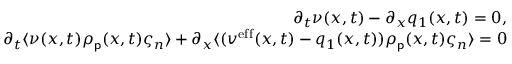
\begin{array} { r l r } & { } & { \partial _ { t } \nu ( x , t ) - \partial _ { x } q _ { 1 } ( x , t ) = 0 , } \\ & { } & { \partial _ { t } \langle \nu ( x , t ) \rho _ { \mathsf { p } } ( x , t ) \varsigma _ { n } \rangle + \partial _ { x } \langle ( v ^ { \mathrm { e f f } } ( x , t ) - q _ { 1 } ( x , t ) ) \rho _ { \mathsf { p } } ( x , t ) \varsigma _ { n } \rangle = 0 } \end{array}